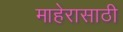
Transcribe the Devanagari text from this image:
माहेरासाठी